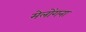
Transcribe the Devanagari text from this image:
मेलोंगना